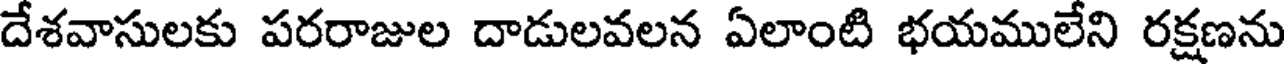
దేశవాసులకు పరరాజుల దాడులవలన ఏలాంటి భయములేని రక్షణను